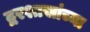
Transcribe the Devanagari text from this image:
द्वरशाखांच्या